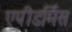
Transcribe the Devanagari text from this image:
एपीडर्मिस